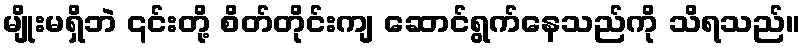
မျိုးမရှိဘဲ ၎င်းတို့ စိတ်တိုင်းကျ ဆောင်ရွက်နေသည်ကို သိရသည်။